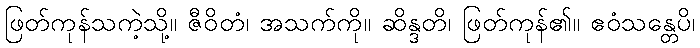
ဖြတ်ကုန်သကဲ့သို့။ ဇီဝိတံ၊ အသက်ကို။ ဆိန္ဒတိ၊ ဖြတ်ကုန်၏။ ဧဝံသန္တေပိ၊